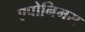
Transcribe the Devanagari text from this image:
एपोनिमस